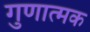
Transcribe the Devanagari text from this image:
गुणात्‍मक